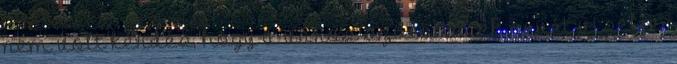
nem volt kérdés, hogy a város szülöttének nevét viselje.